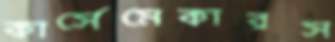
কার্সেমেকারস